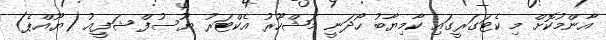
އާންމުކޮށް މި ކެޓަގަރީގައި ކާމިޔާބު ހޯދަނީ މަޝްހޫރު އެކްޓަރު ޔޫސުފް ޝަފީއު (ޔޫއްޕެ)